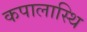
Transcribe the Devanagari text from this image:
कपालास्थि